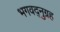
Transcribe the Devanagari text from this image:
भगवद्नुग्रह